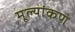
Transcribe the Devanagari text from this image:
मूल्यांकण